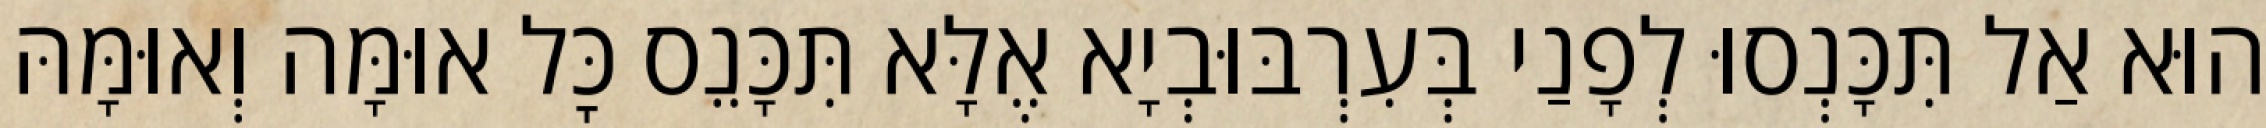
הוּא אַל תִּכָּנְסוּ לְפָנַי בְּעִרְבּוּבְיָא אֶלָּא תִּכָּנֵס כׇּל אוּמָּה וְאוּמָּהּ